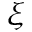
\xi